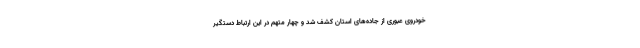
خودروی عبوری از جاده‌های استان کشف شد و چهار متهم در این ارتباط دستگیر